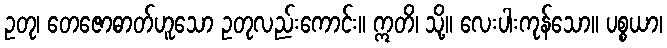
ဥတု၊ တေဇောဓာတ်ဟူသော ဥတုလည်းကောင်း။ ဣတိ၊ သို့။ လေးပါးကုန်သော။ ပစ္စယာ၊